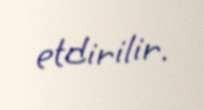
etdirilir.